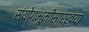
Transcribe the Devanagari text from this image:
संयोगभूमीसारख्या